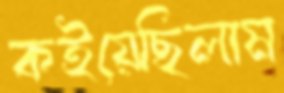
কইয়েছিলাম